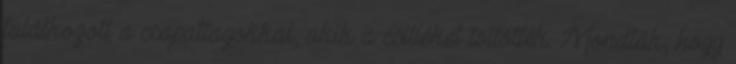
találkozott a csapattagokkal, akik a csilléket töltötték. Mondták, hogy